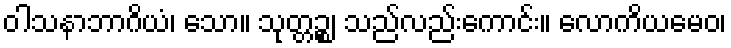
ဝါသနာဘာဂိယံ၊ သော။ သုတ္တဉ္စ၊ သည်လည်းကောင်း။ လောကိယမေဝ၊